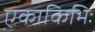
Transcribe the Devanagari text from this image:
एकाकिभिः